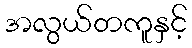
အလွယ်တကူနှင့်